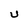
Character: U